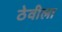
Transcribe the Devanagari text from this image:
ठेवीला